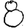
Digit: 8